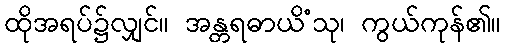
ထိုအရပ်၌လျှင်။ အန္တရဓာယိံသု၊ ကွယ်ကုန်၏။